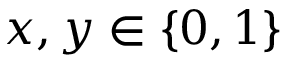
x , y \in \{ 0 , 1 \}